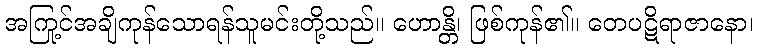
အကြင်အချို့ကုန်သောရန်သူမင်းတို့သည်။ ဟောန္တိ၊ ဖြစ်ကုန်၏။ တေပဋိရာဇာနော၊